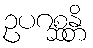
ဥပဂစ္ဆန္တိ